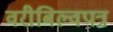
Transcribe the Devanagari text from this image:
वरीबिल्वपत्र